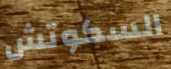
السكوتش